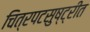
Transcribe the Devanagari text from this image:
चित्रपटसुष्ट्रीत